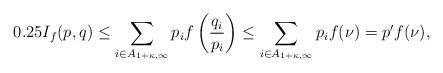
LaTeX: \begin{align*}0.25I_f(p,q) &\leq \sum_{i \in A_{ 1+\kappa,\infty} } p_i f\left( \frac{q_i}{p_i} \right) \leq \sum_{i \in A_{1+\kappa,\infty} } p_i f( \nu) = p' f(\nu),\end{align*}